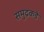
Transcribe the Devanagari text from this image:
समुद्रकडे